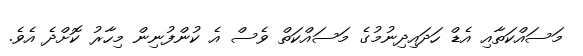
މަސައްކަތާއި އެޑް ހަދައިދިނުމުގެ މަސައްކަތް ވެސް އެ ކުންފުނިން މިހާރު ކޮށްދެ އެވެ.